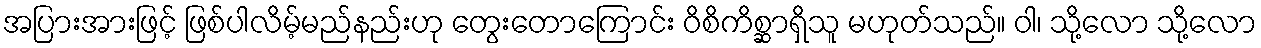
အပြားအားဖြင့် ဖြစ်ပါလိမ့်မည်နည်းဟု တွေးတောကြောင်း ဝိစိကိစ္ဆာရှိသူ မဟုတ်သည်။ ဝါ၊ သို့လော သို့လော